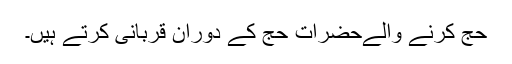
حج کرنے والےحضرات حج کے دوران قربانی کرتے ہیں۔